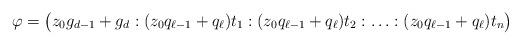
LaTeX: \begin{align*}\varphi=\big(z_0g_{d-1}+g_d:(z_0q_{\ell-1}+q_\ell)t_1:(z_0q_{\ell-1}+q_\ell)t_2:\ldots:(z_0q_{\ell-1}+q_\ell)t_n\big)\end{align*}